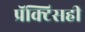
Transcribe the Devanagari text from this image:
प्रॅक्टिसही